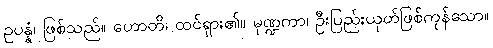
ဥပန္နံ၊ ဖြစ်သည်။ ဟောတိ၊ ထင်ရှား၏။ မုဏ္ဍကာ၊ ဦးပြည်းယုတ်ဖြစ်ကုန်သော။